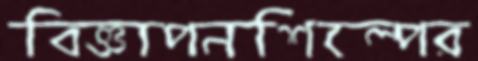
বিজ্ঞাপনশিল্পের